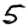
Digit: 5